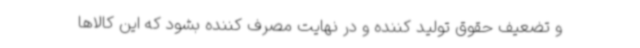
و تضعیف حقوق تولید کننده و در نهایت مصرف کننده بشود که این کالاها